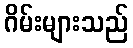
ဂိမ်းများသည်